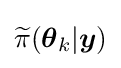
{\widetilde {\pi }}({\boldsymbol {\theta }}_{k}|{\boldsymbol {y}})